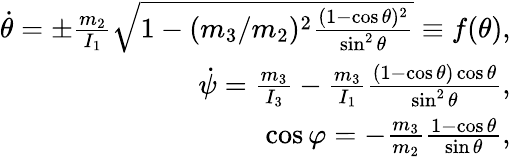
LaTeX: \begin{array}{r}{\dot{\theta}=\pm\frac{m_{2}}{I_{1}}\sqrt{1-(m_{3}/m_{2})^{2}\frac{(1-\cos\theta)^{2}}{\sin^{2}\theta}}\equiv f(\theta),}\\ {\dot{\psi}=\frac{m_{3}}{I_{3}}-\frac{m_{3}}{I_{1}}\frac{(1-\cos\theta)\cos\theta}{\sin^{2}\theta},}\\ {\cos\varphi=-\frac{m_{3}}{m_{2}}\frac{1-\cos\theta}{\sin\theta},}\end{array}